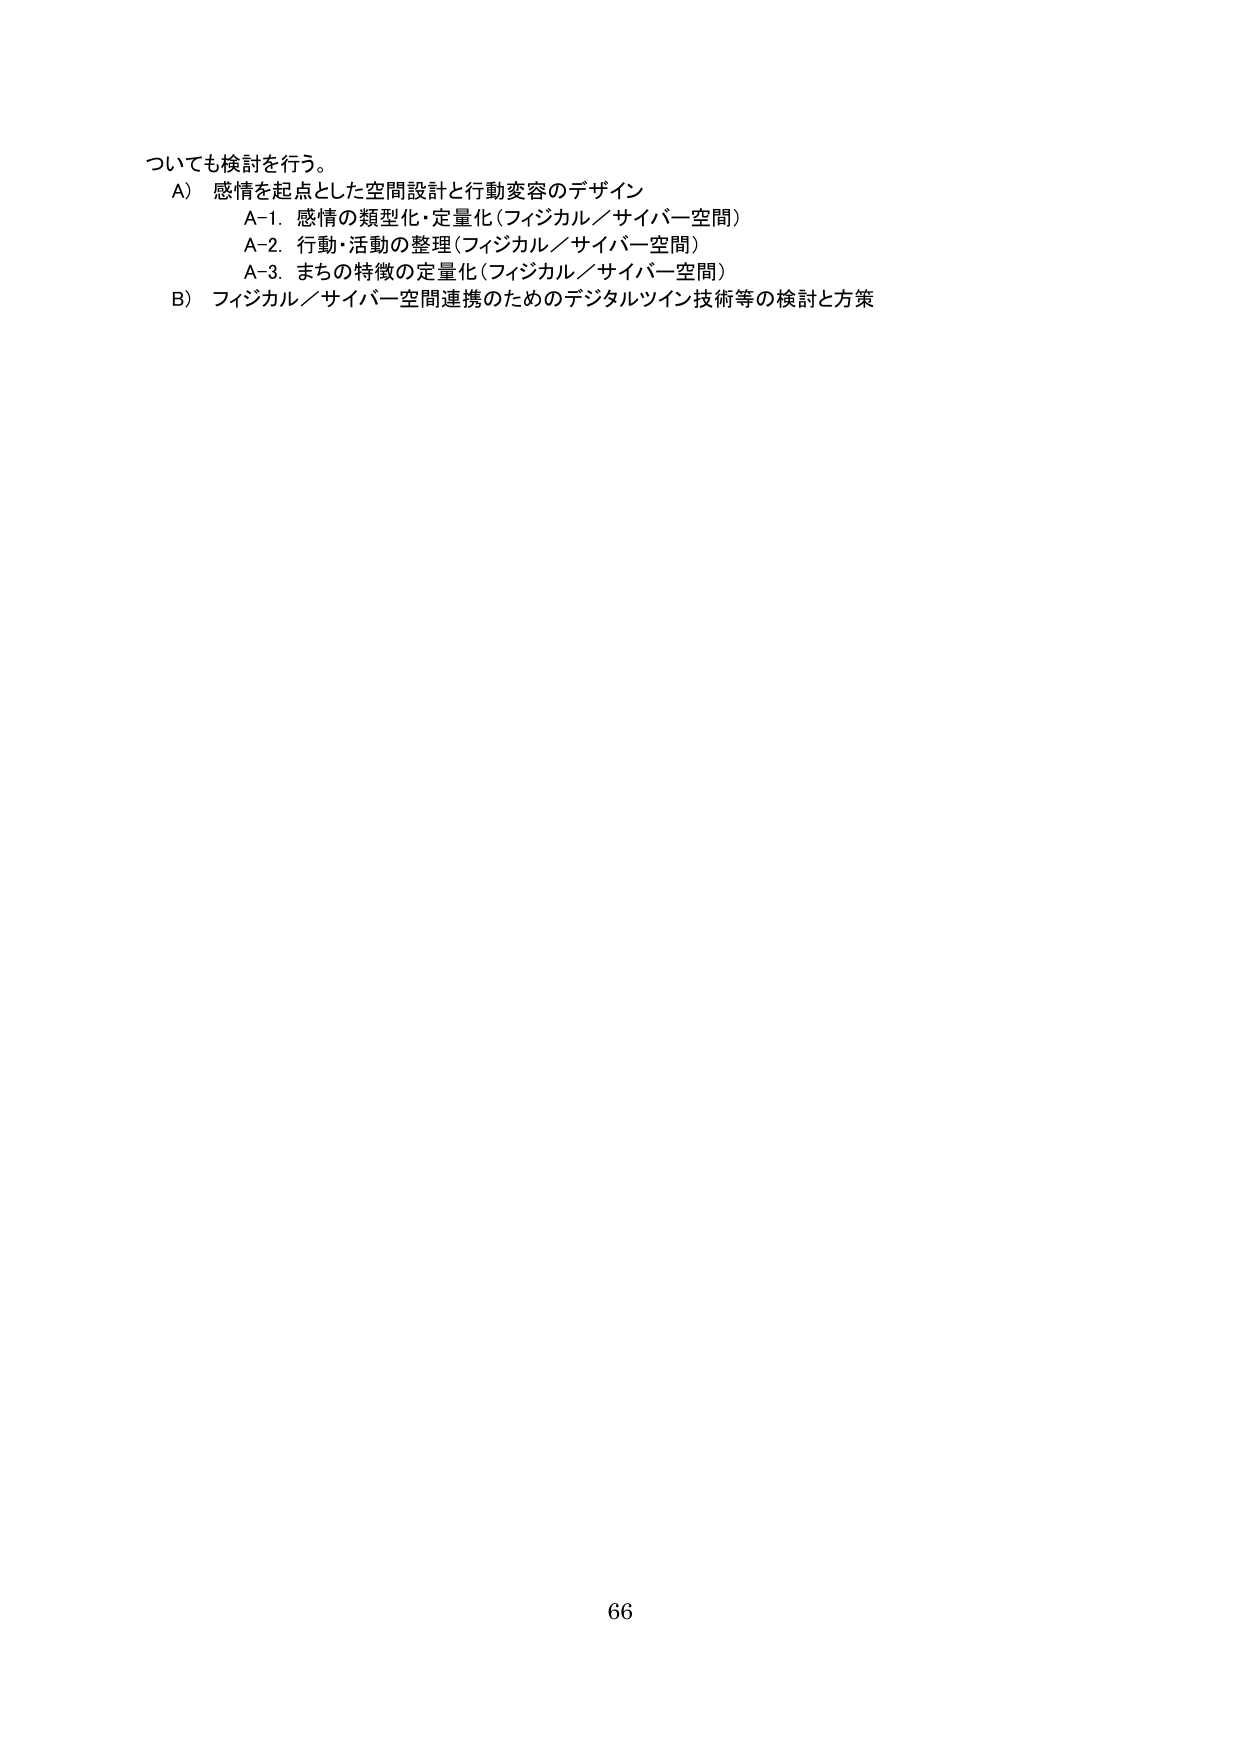
ついても検討を行う。
A）感情を起点とした空間設計と行動変容のデザイン
　A-1．感情の類型化・定量化（フィジカル／サイバー空間）
　A-2．行動・活動の整理（フィジカル／サイバー空間）
　A-3．まちの特徴の定量化（フィジカル／サイバー空間）
B）フィジカル／サイバー空間連携のためのデジタルツイン技術等の検討と方策
66